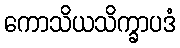
ကောသိယသိက္ခာပဒံ